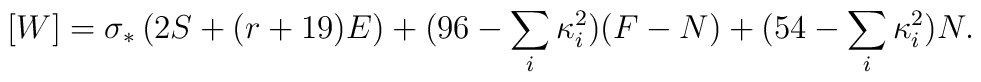
[W]=\sigma_*\left(2S + (r+19)E\right) +(96-\sum_i\kappa_i^2) (F-N) +(54-\sum_i\kappa_i^2)N.